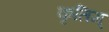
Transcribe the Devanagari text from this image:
कृतिम्